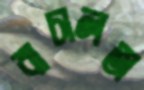
বাচালতা